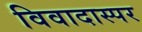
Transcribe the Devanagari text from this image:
विवादास्पर